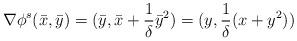
LaTeX: \begin{align*}\nabla\phi^s(\bar x,\bar y)=(\bar y,\bar x+\frac{1}{\delta}\bar y^2)=(y,\frac{1}{\delta}(x+y^2))\end{align*}